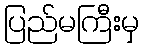
ပြည်မကြီးမှ